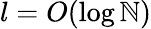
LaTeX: l=O(\log\mathbb{N})